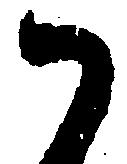
御